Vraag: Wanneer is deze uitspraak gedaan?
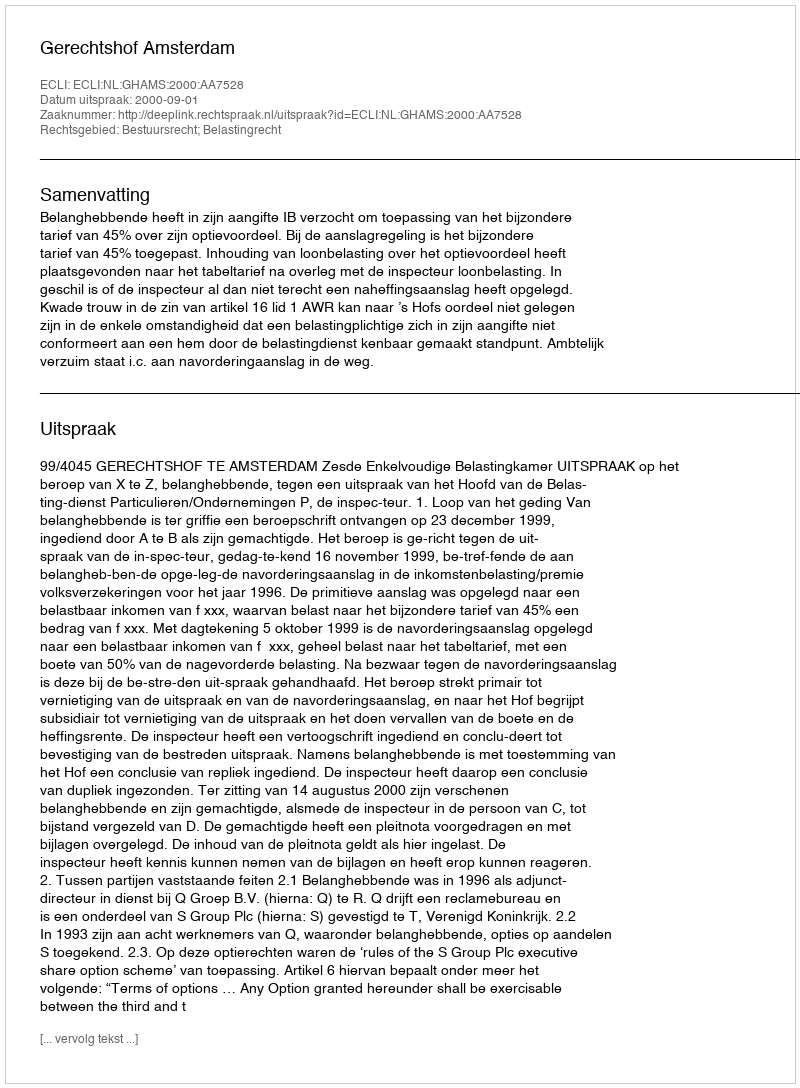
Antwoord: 2000-09-01